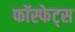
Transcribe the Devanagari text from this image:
फॉस्फेट्स